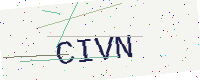
Text: CIVN